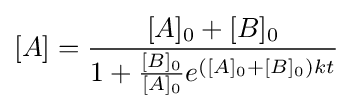
[A]={\frac {[A]_{0}+[B]_{0}}{1+{\frac {[B]_{0}}{[A]_{0}}}e^{([A]_{0}+[B]_{0})kt}}}